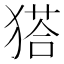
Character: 𤠟